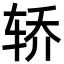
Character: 轿